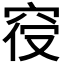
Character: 𱶼